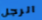
الرجل